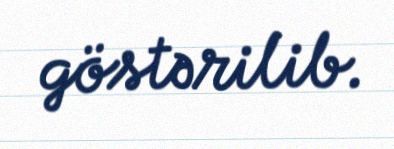
göstərilib.